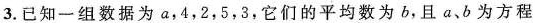
3.已知一组数据为a，4，2，5，3，它们的平均数为b，且a、b为方程